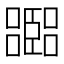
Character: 𡂨